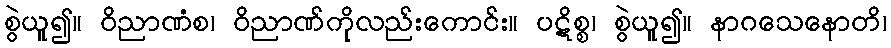
စွဲယူ၍။ ဝိညာဏံစ၊ ဝိညာဏ်ကိုလည်းကောင်း။ ပဋိစ္စ၊ စွဲယူ၍။ နာဂသေနောတိ၊